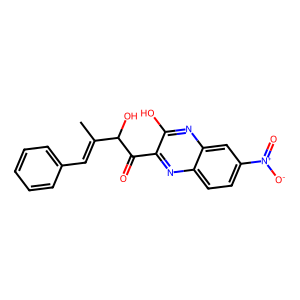
SMILES: CC(=Cc1ccccc1)C(O)C(=O)c1nc2ccc([N+](=O)[O-])cc2nc1O
Inhibits HIV replication: No